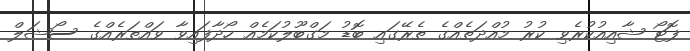
ފޮޓޯ ޝާއިއުކުރެވި ކުރު މުއްދަތެއްގެ ތެރޭގައި ބޮޑު މަގްބޫލުކަމެއް ހޯދާފައިވާ ވައްތަރެއްގެ ސޯޝަލް